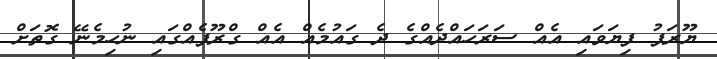
ޔޫރަޕު ފިޔަވައި އެއް ސަރަހައްދެއްގެ ދެ ގައުމެއް އެއް ގްރޫޕެއްގައި ނުހިމެނޭ ގޮތަށް